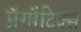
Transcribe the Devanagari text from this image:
प्रैग्मैटिक्स